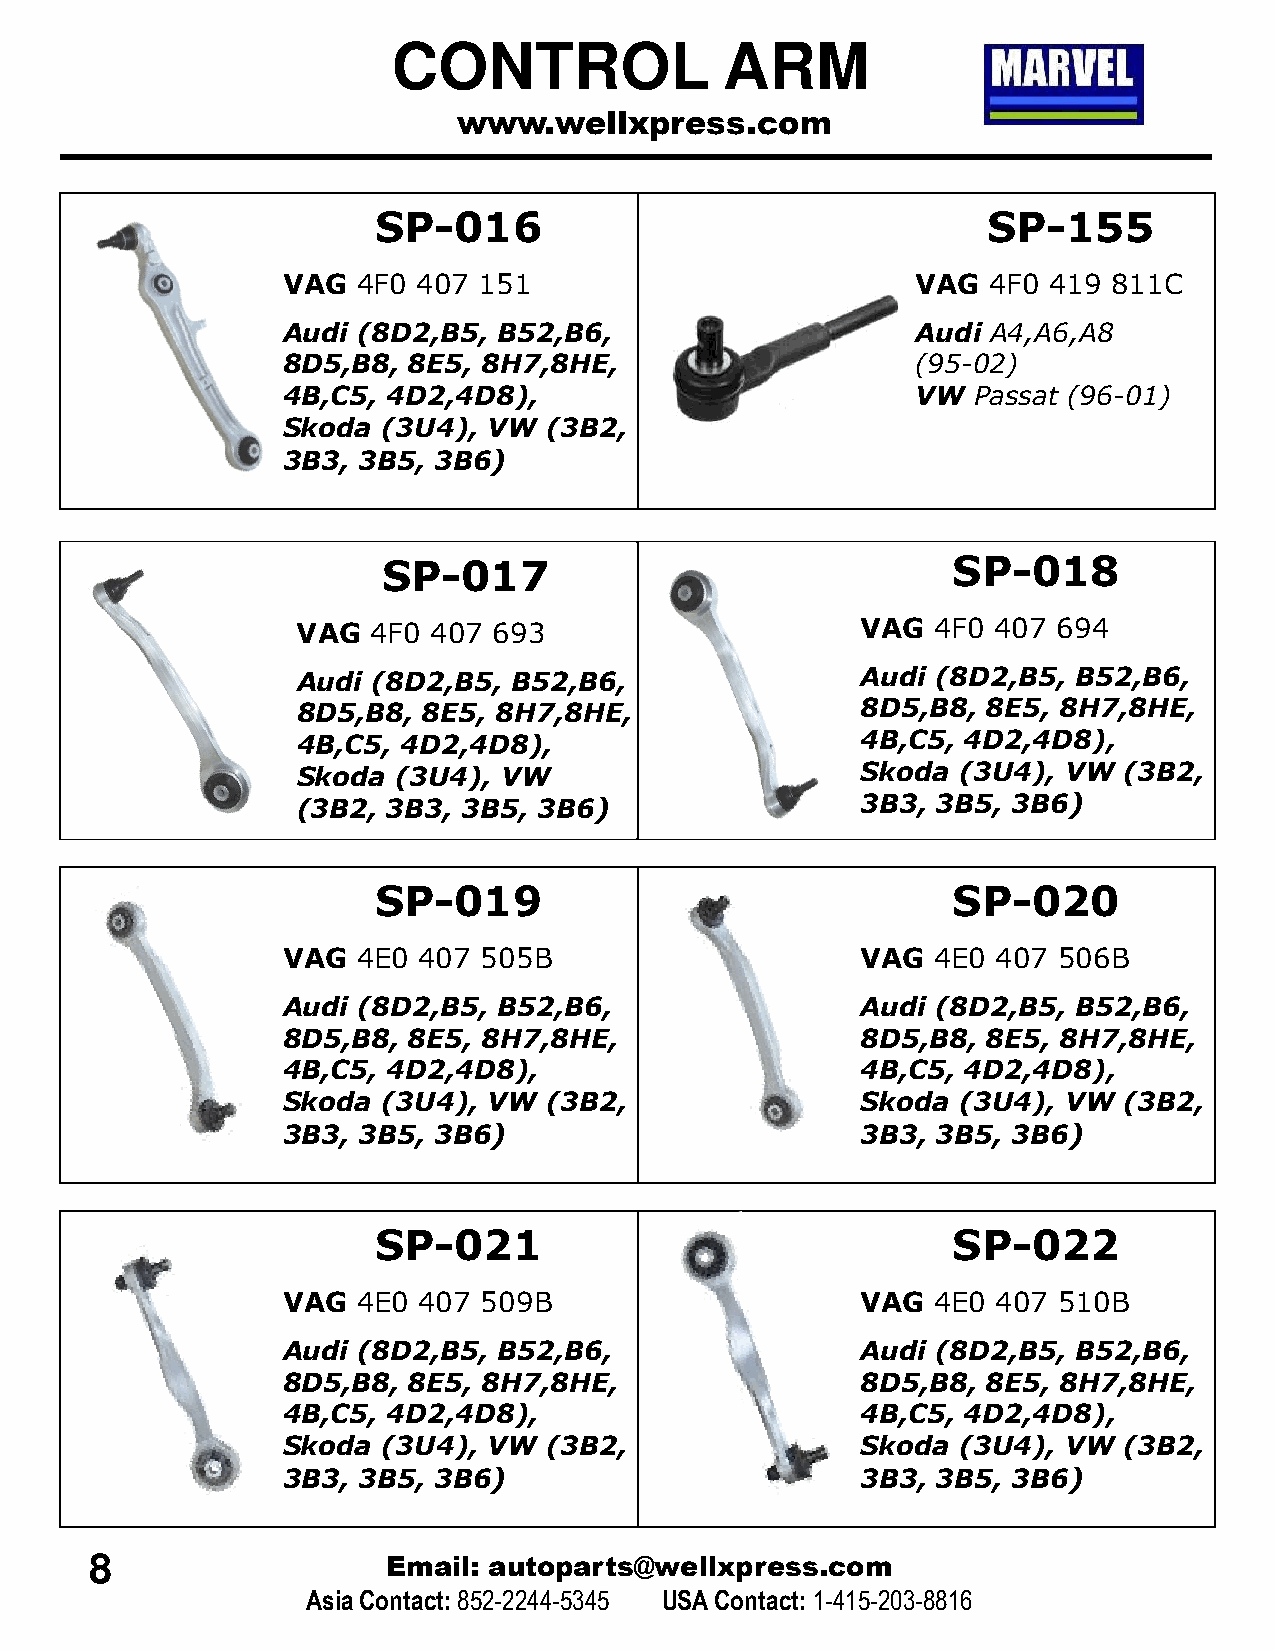
CONTROL               ARM
 www.wellxpress.com
 SP-016                                  SP-155
 VAG  4F0 407 151                          VAG 4F0  419 811C
 Audi (8D2,B5, B52,B6,                     Audi A4,A6,A8
 8D5,B8, 8E5, 8H7,8HE,                     (95-02)
 4B,C5, 4D2,4D8),                          VW Passat (96-01)
 Skoda (3U4), VW  (3B2,
 3B3, 3B5, 3B6)
 SP-017                                SP-018
 VAG  4F0 407 693                     VAG  4F0 407 694
 Audi (8D2,B5, B52,B6,                Audi (8D2,B5, B52,B6,
 8D5,B8, 8E5, 8H7,8HE,                8D5,B8, 8E5, 8H7,8HE,
 4B,C5, 4D2,4D8),                     4B,C5, 4D2,4D8),
 Skoda (3U4), VW                      Skoda (3U4), VW  (3B2,
 (3B2, 3B3, 3B5, 3B6)                 3B3, 3B5, 3B6)
 SP-019                                SP-020
 VAG  4E0 407 505B                     VAG  4E0 407 506B
 Audi (8D2,B5, B52,B6,                 Audi (8D2,B5, B52,B6,
 8D5,B8, 8E5, 8H7,8HE,                 8D5,B8, 8E5, 8H7,8HE,
 4B,C5, 4D2,4D8),                      4B,C5, 4D2,4D8),
 Skoda (3U4), VW  (3B2,                Skoda (3U4), VW  (3B2,
 3B3, 3B5, 3B6)                        3B3, 3B5, 3B6)
 SP-021                                SP-022
 VAG  4E0 407 509B                     VAG  4E0 407 510B
 Audi (8D2,B5, B52,B6,                 Audi (8D2,B5, B52,B6,
 8D5,B8, 8E5, 8H7,8HE,                 8D5,B8, 8E5, 8H7,8HE,
 4B,C5, 4D2,4D8),                      4B,C5, 4D2,4D8),
 Skoda (3U4), VW  (3B2,                Skoda (3U4), VW  (3B2,
 3B3, 3B5, 3B6)                        3B3, 3B5, 3B6)
 8                   Email: autoparts@wellxpress.com
 Asia Contact:852-2244-5345 USA Contact: 1-415-203-8816